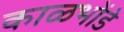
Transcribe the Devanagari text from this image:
काळभोंडे